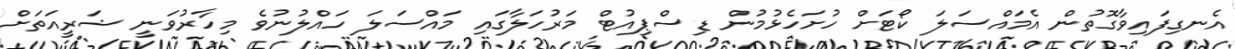
އެނގިފައިވާގޮތުން އެމައްސަލަ ކޯޓަށް ހުށަހެޅުމުން ޑިސްޕިއުޓް މަރުހަލާގައި މައްސަލަ ހައްލުނުވެ މިހާރުވަނީ ޝަރީއަތަށް